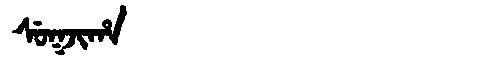
Manchu: ᠰᡠᡴᠵᡳᡥᠠ
Romanization: SUKJIHA